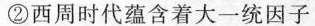
②西周时代蕴含着大一统因子